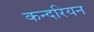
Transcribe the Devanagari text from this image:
कन्दरियन